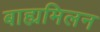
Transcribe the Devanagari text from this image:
बाह्यमिलन